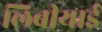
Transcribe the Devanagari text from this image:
लिबीयाई